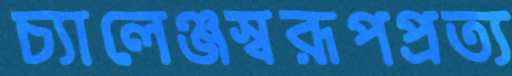
চ্যালেঞ্জস্বরূপপ্রত্য